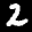
Label: 2